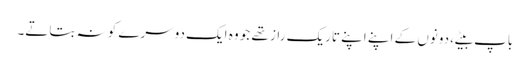
باپ بیٹے، دونوں کے اپنے اپنے تاریک راز تھے جو وہ ایک دوسرے کو نہ بتاتے۔